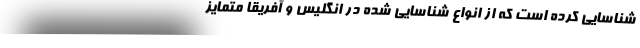
شناسایی کرده است که از انواع شناسایی شده در انگلیس و آفریقا متمایز